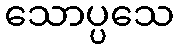
သောပ္ပသေ